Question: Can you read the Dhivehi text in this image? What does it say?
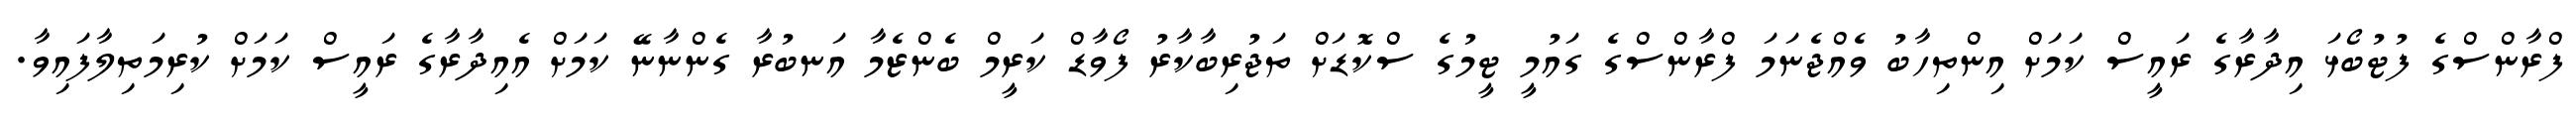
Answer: ފްރާންސްގެ ފުޓުބޯޅަ އިދާރާގެ ރައީސް ކަމަށް އިންތިހާބު ވެއްޖެނަމަ ފްރާންސްގެ ގައުމީ ޓީމުގެ ސްކޮޑަށް ތަޖުރިބާކާރު ފޯވާޑް ކަރީމް ބެންޒެމާ އަނބުރާ ގެންނާނޭ ކަމަށް އެއިދާރާގެ ރައީސް ކަމަށް ކުރިމަތިލާފައިވާ.